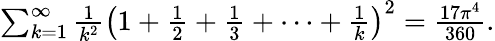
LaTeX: \begin{array}{r}{\sum_{k=1}^{\infty}{\frac{1}{k^{2}}}\left(1+{\frac{1}{2}}+{\frac{1}{3}}+\cdots+{\frac{1}{k}}\right)^{2}={\frac{17\pi^{4}}{360}}.}\end{array}